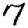
Digit: 7